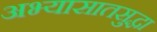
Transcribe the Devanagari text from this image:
अभ्यासातसुद्धा